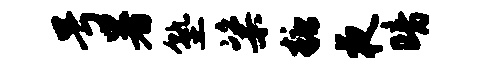
号暑塾粢糖夜暗